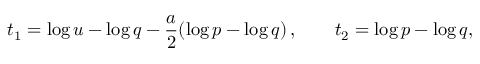
t _ { 1 } = \log u - \log q - \frac { a } { 2 } ( \log p - \log q ) \, , \qquad t _ { 2 } = \log p - \log q ,